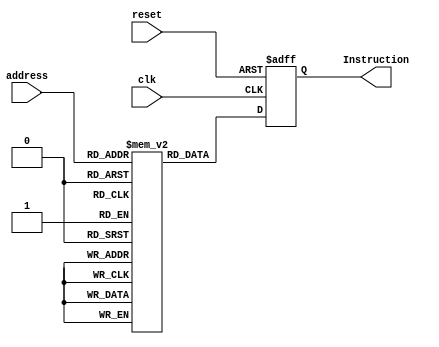
module InstructionMemory(
    input wire [7:0]address,
    input wire reset,
    input wire clk,
    output reg [7:0]Instruction
);
reg [7:0] memory[0:255];

always @(posedge clk or posedge reset) begin
if(reset)  begin
Instruction <= 8'b0;
end else begin
Instruction <= memory[address];
end
end
endmodule